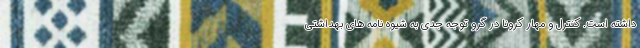
داشته است. کنترل و مهار کرونا در گرو توجه جدی به شیوه نامه های بهداشتی